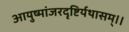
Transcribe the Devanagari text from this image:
आयुष्मांजरदृष्टिर्यथासम्।।